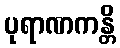
ပုရာဏကန္တိ